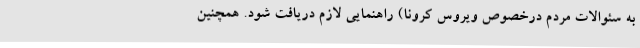
به سئوالات مردم درخصوص ویروس کرونا) راهنمایی لازم دریافت شود. همچنین